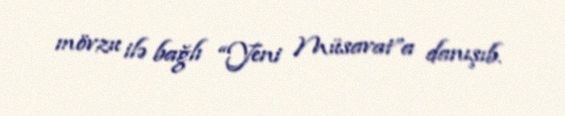
mövzu ilə bağlı “Yeni Müsavat”a danışıb.